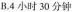
B.4小时30分钟